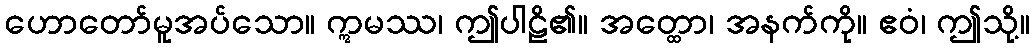
ဟောတော်မူအပ်သော။ ဣမဿ၊ ဤပါဠိ၏။ အတ္ထော၊ အနက်ကို။ ဧဝံ၊ ဤသို့။